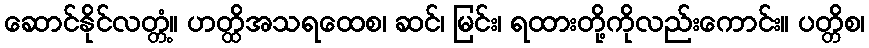
ဆောင်နိုင်လတ္တံ့။ ဟတ္ထိအသရထေစ၊ ဆင်၊ မြင်း၊ ရထားတို့ကိုလည်းကောင်း။ ပတ္တိစ၊